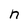
Character: n